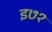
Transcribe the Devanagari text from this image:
इ७१